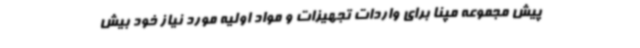
پیش مجموعه مپنا برای واردات تجهیزات و مواد اولیه مورد نیاز خود بیش